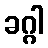
ခဂ္ဂါ